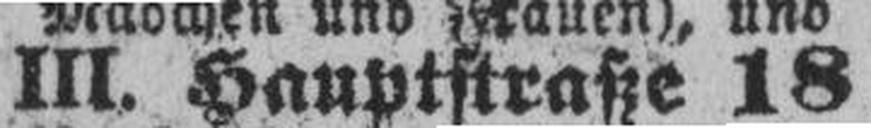
III. Hauptstraße 18